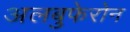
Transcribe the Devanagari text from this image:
अलबुफेरोन